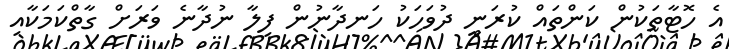
އެ ހޮޓާތަކުން ކަންތައް ކުރަނީ ދުވަހަކު ހަނދާނުން ފިލާ ނުދާނެ ވަރަށް ގާތްކަމަކާއި